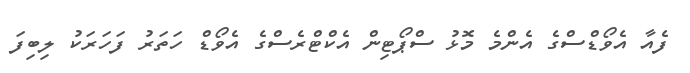
ފެއާ އެވޯޑްސްގެ އެންމެ މޮޅު ސްޕޯޓިން އެކްޓްރެސްގެ އެވޯޑް ހަތަރު ފަހަރަކު ލިބިފަ